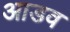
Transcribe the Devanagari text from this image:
आडव